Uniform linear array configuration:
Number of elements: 32
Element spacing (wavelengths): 1
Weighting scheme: hann
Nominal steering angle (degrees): -60
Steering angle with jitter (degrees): -58.143
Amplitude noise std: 0.05
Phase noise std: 0.05

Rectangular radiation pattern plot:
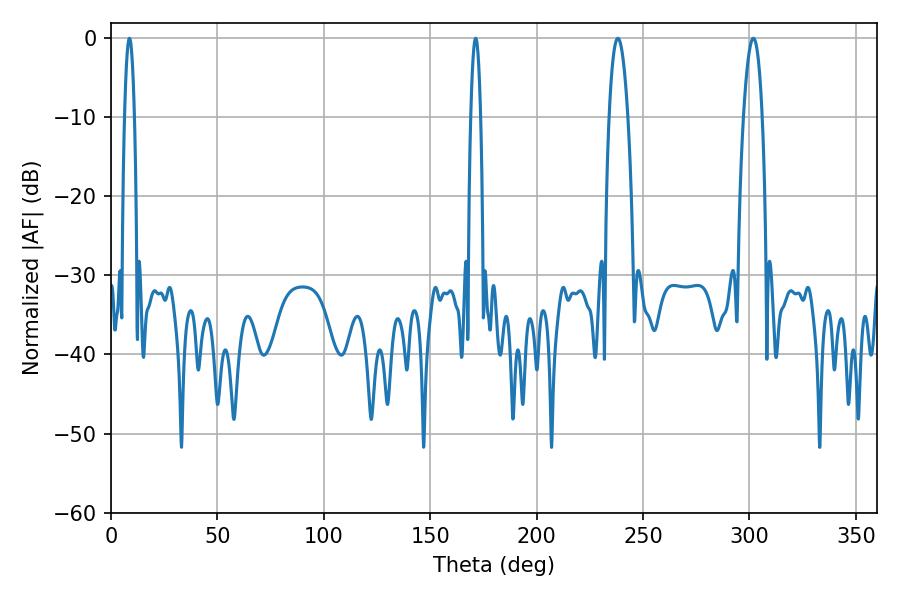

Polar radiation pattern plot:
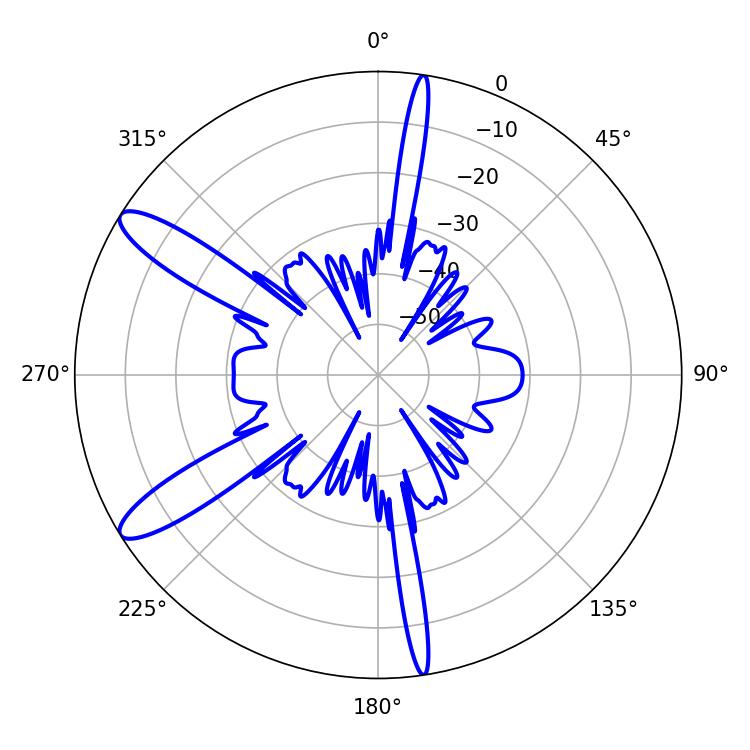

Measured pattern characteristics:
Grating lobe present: TRUE
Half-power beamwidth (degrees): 4.86
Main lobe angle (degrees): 301.86